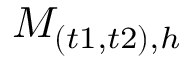
M _ { ( t 1 , t 2 ) , h }